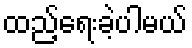
ထည့်ရေးခဲ့ပါမယ်